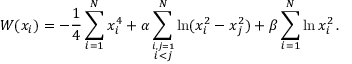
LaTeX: W ( x _ { i } ) = - \frac { 1 } { 4 } \sum _ { i = 1 } ^ { N } x _ { i } ^ { 4 } + \alpha \sum _ { \stackrel { i , j = 1 } { i < j } } ^ { N } \ln ( x _ { i } ^ { 2 } - x _ { j } ^ { 2 } ) + \beta \sum _ { i = 1 } ^ { N } \ln x _ { i } ^ { 2 } \, .